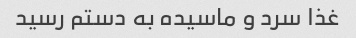
غذا سرد و ماسیده به دستم رسید